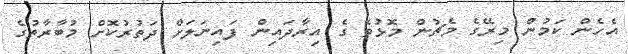
އެހެން ކަމުން މިރޭގެ މެޗުން މޮޅުވެ ގެ އިރާދައިން ފައިނަލަށް ދަތުރުކޮށް މުބާރާތުގެ